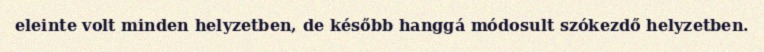
eleinte volt minden helyzetben, de később hanggá módosult szókezdő helyzetben.